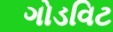
ગોડવિટ